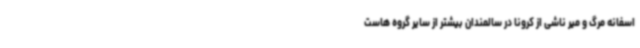
اسفانه مرگ و میر ناشی از کرونا در سالمندان بیشتر از سایر گروه هاست